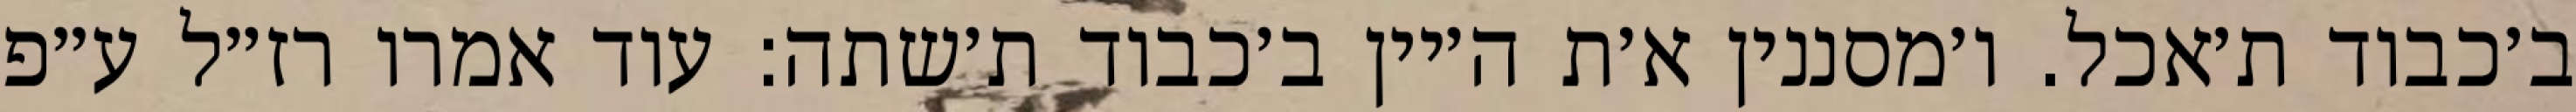
ב׳כבוד ת׳אכל. ו׳מסננין א׳ת ה׳יין ב׳כבוד ת׳שתה: עוד אמרו רז״ל ע״פ